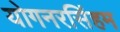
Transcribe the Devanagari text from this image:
योगनरसिंहम